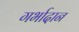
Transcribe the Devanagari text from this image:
गर्भादान